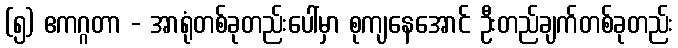
(၅) ဧကဂ္ဂတာ - အာရုံတစ်ခုတည်းပေါ်မှာ စုကျနေအောင် ဦးတည်ချက်တစ်ခုတည်း